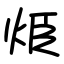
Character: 烥